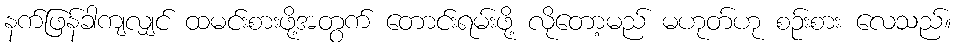
နက်ဖြန်ခါကျလျှင် ထမင်းစားဖို့အတွက် တောင်းရမ်းဖို့ လိုတော့မည် မဟုတ်ဟု စဉ်းစား လေသည်။